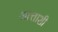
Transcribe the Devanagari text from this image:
आत्ताशी